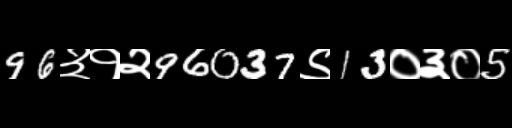
Text: 96३१२96037९13०३०5